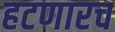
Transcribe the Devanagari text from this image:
हटणारच